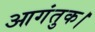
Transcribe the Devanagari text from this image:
आगंतुक।